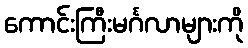
ကောင်းကြီးမင်္ဂလာများကို